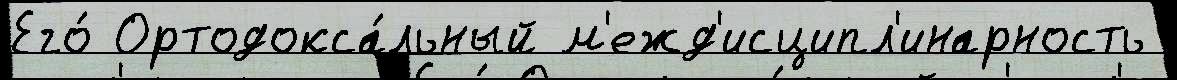
Его́ Ортодокса́льный м'ежд'исципл'инарность